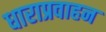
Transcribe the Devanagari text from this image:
धाराप्रवाहन